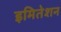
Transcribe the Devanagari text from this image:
इमितेशन